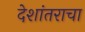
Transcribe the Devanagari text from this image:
देशांतराचा